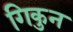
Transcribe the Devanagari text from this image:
गिकुन